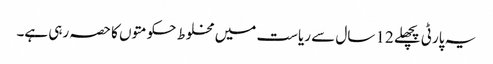
یہ پارٹی پچھلے 12 سال سے ریاست میں مخلوط حکومتوں کا حصہ رہی ہے۔